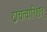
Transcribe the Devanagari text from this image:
द्वाचत्वारिंशत्